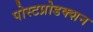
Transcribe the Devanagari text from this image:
पोस्टप्रोडक्शन